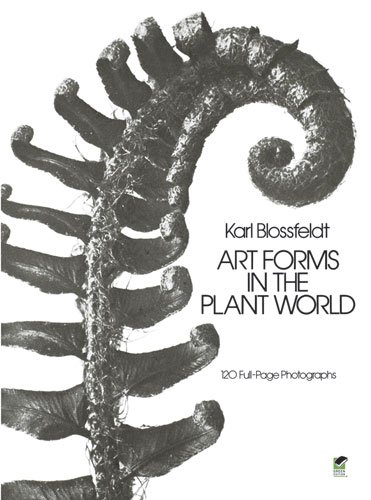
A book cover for Art Forms in the Plant World: 120 Full-Page Photographs (Dover Pictorial Archive); Karl Blossfeldt; Arts & Photography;